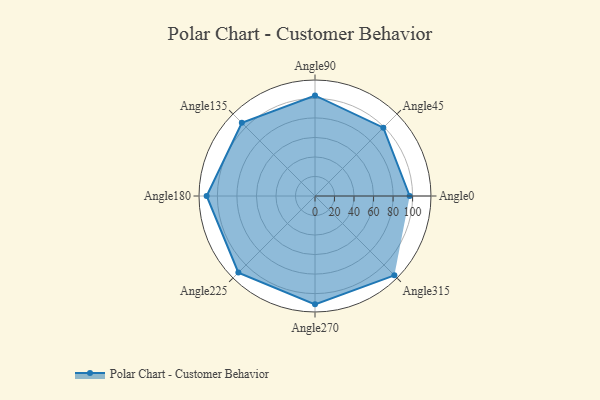
{"axis": {"x": "Angle", "y": "Radius"}, "legend": [""], "data": [{"x": "Angle0", "y": 97.0, "type": ""}, {"x": "Angle45", "y": 99.0, "type": ""}, {"x": "Angle90", "y": 103.0, "type": ""}, {"x": "Angle135", "y": 106.0, "type": ""}, {"x": "Angle180", "y": 111.0, "type": ""}, {"x": "Angle225", "y": 111.0, "type": ""}, {"x": "Angle270", "y": 111.0, "type": ""}, {"x": "Angle315", "y": 115.0, "type": ""}]}